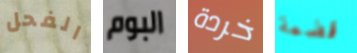
الفحل البوم خردة قضمة